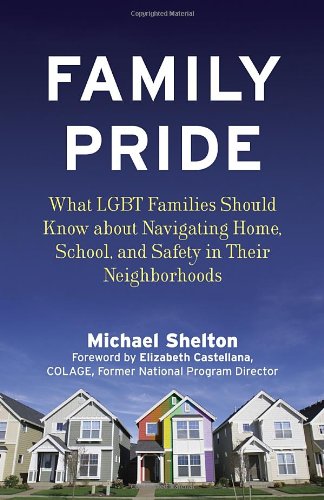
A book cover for Family Pride: What LGBT Families Should Know about Navigating Home, School, and Safety in Their Neighborhoods (Queer Ideas/Queer Action); Michael Shelton; Gay & Lesbian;